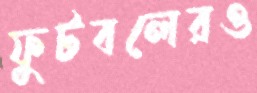
ফুটবলেরও